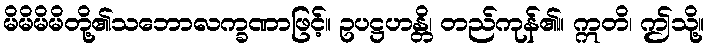
မိမိမိမိတို့၏သဘောလက္ခဏာဖြင့်။ ဥပဋ္ဌဟန္တိ၊ တည်ကုန်၏။ ဣတိ၊ ဤသို့။